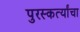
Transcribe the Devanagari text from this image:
पुरस्कर्त्यांचा